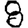
Digit: 8